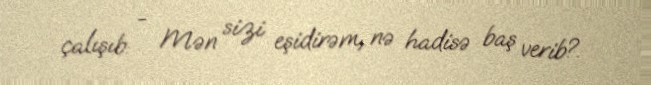
çalışıb: - Mən sizi eşidirəm, nə hadisə baş verib?.